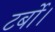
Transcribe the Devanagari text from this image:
टर्बो।